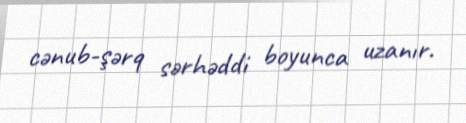
cənub-şərq sərhəddi boyunca uzanır.